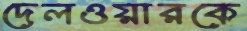
দেলওয়ারকে